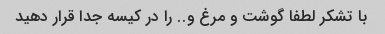
با تشکر لطفا گوشت و مرغ و.. را در کیسه جدا قرار دهید